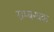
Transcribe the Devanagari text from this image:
सम्बन्धक